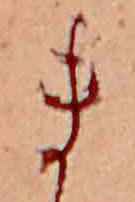
ま